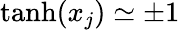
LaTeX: \operatorname{tanh}(x_{j})\simeq\pm 1